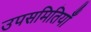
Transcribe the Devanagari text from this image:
उपसमितियाँ